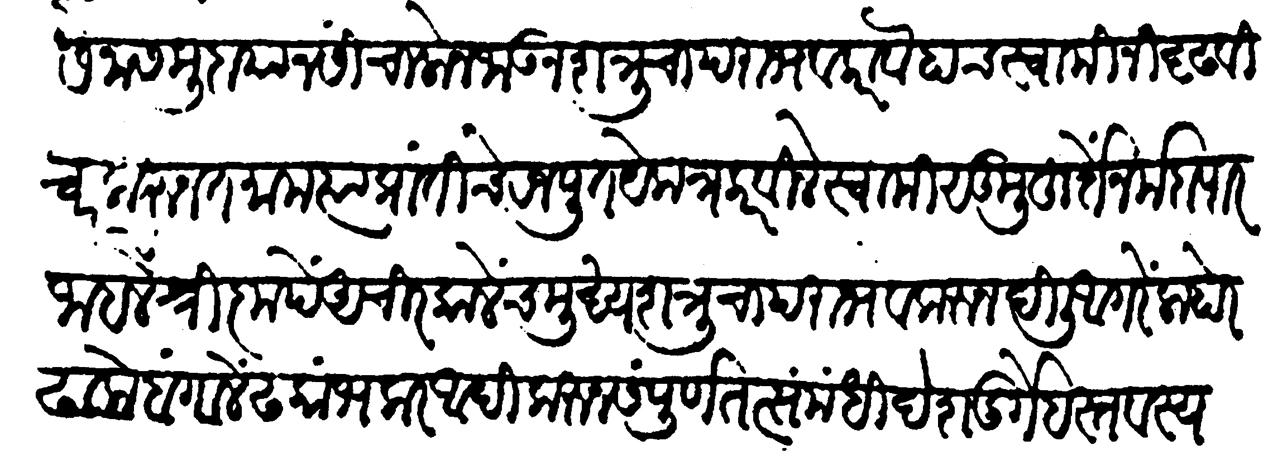
Transliteration (Devanagari): सेना समुदायानसीं चालोन जाऊन शत्रूचा पराभव करावे हाच स्वामींनी दृढ विचार करुन तमाम त्या प्रांतीचे रजपूत येकत्र करविले स्वामी सुमुहूर्ते नर्मदापार जाहले श्रीकृपें अचिरकालेंच मुख्य शत्रूचा पराभव करून दिल्ली आगरें लाहोर ढाके बंगालें ढकांभकर आदि करुन संपूर्ण तत्संमंधी देशदुर्गें हस्तवस्य